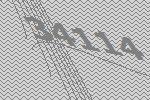
34114